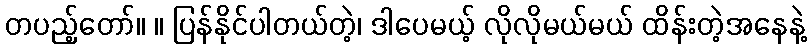
တပည့်တော်။ ။ ပြန်နိုင်ပါတယ်တဲ့၊ ဒါပေမယ့် လိုလိုမယ်မယ် ထိန်းတဲ့အနေနဲ့